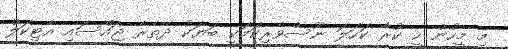
މި މީހުން ހީ ކުރާ ކަހަލަ ނޫސްވެރިކަމަކީ ބަޔަކު ދޭތެރެ ޖައްސައި އާޓިކަލް